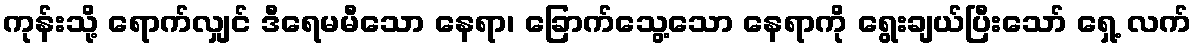
ကုန်းသို့ ရောက်လျှင် ဒီရေမမီသော နေရာ၊ ခြောက်သွေ့သော နေရာကို ရွေးချယ်ပြီးသော် ရှေ့ လက်